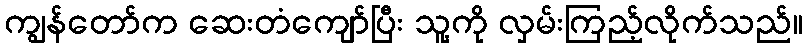
ကျွန်တော်က ဆေးတံကျော်ပြီး သူ့ကို လှမ်းကြည့်လိုက်သည်။